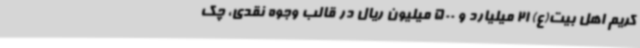
کریم اهل بیت(ع) 21 میلیارد و 500 میلیون ریال در قالب وجوه نقدی، چک